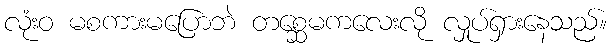
လုံးဝ မစကားမပြောဘဲ တစ္ဆေမကလေးလို လှုပ်ရှားနေသည်။